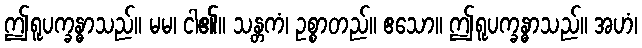
ဤရူပက္ခန္ဓာသည်။ မမ၊ ငါ၏။ သန္တကံ၊ ဥစ္စာတည်။ ဧသော။ ဤရူပက္ခန္ဓာသည်။ အဟံ၊